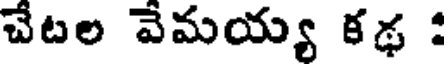
చేటల వేమయ్య కథ :